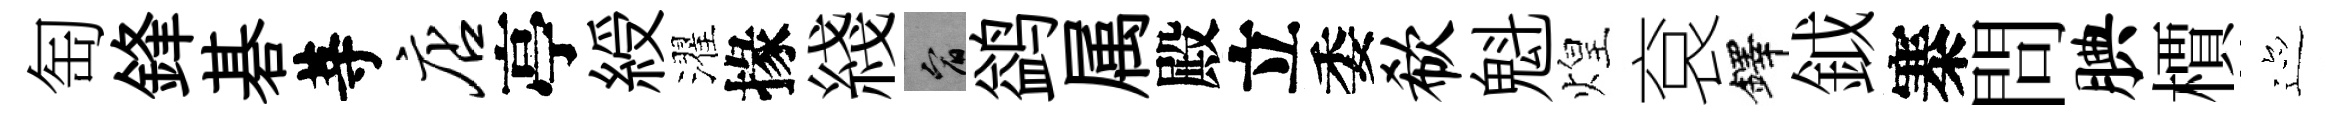
匋鋒碁䓁店亭綬濯掾綫宥鹢属殿立委欷魁煌袞鐸鉞寨問腆檟迹